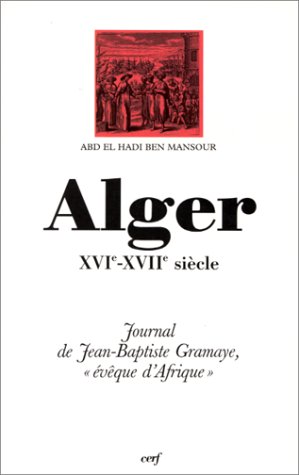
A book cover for Alger, XVIe-XVIIe siecle: Journal de Jean-Baptiste Gramaye, eveque d'Afrique (Histoire) (French Edition); Jean-Baptiste Gramaye; Travel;